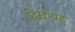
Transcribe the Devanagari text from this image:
दिखावहु